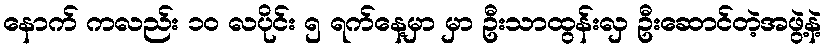
နောက် ကလည်း ၁ဝ လပိုင်း ၅ ရက်နေ့မှာ မှာ ဦးသာထွန်းလှ ဦးဆောင်တဲ့အဖွဲ့နဲ့